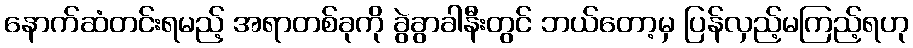
နောက်ဆံတင်းရမည့် အရာတစ်ခုကို ခွဲခွာခါနီးတွင် ဘယ်တော့မှ ပြန်လှည့်မကြည့်ရဟု